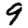
Digit: 9